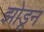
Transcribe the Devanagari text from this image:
झोडून